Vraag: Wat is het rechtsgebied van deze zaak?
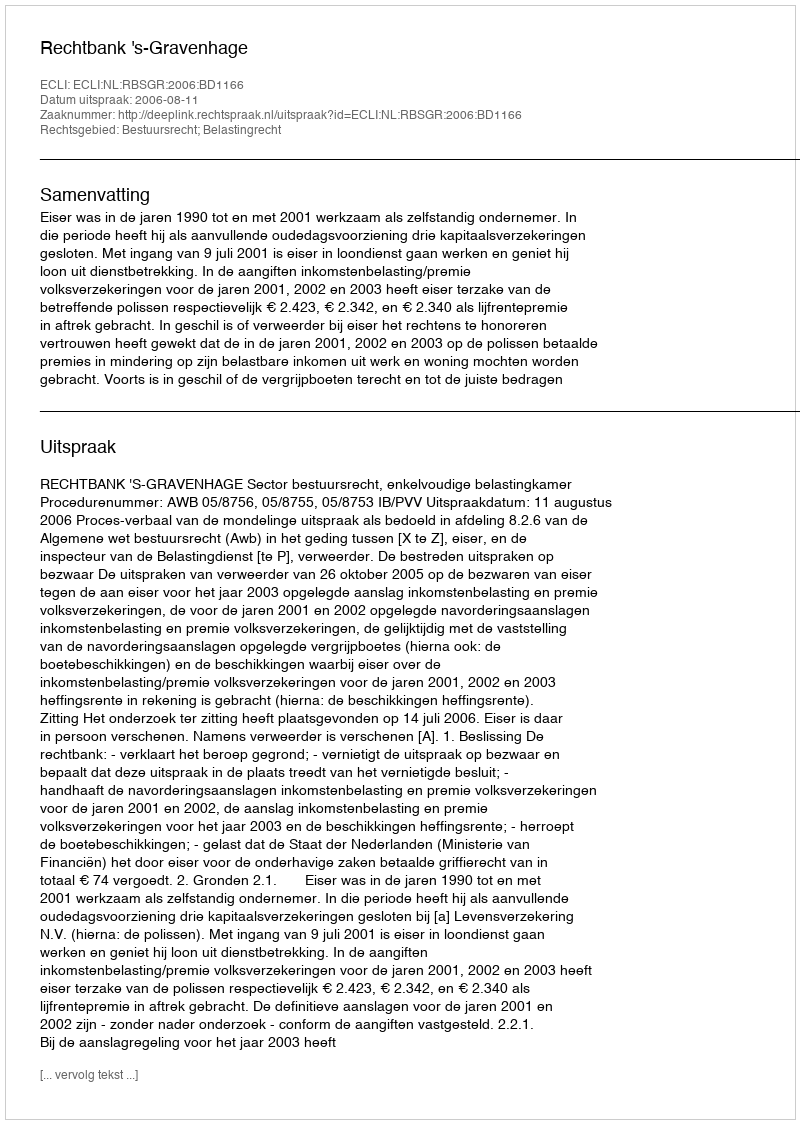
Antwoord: Bestuursrecht; Belastingrecht